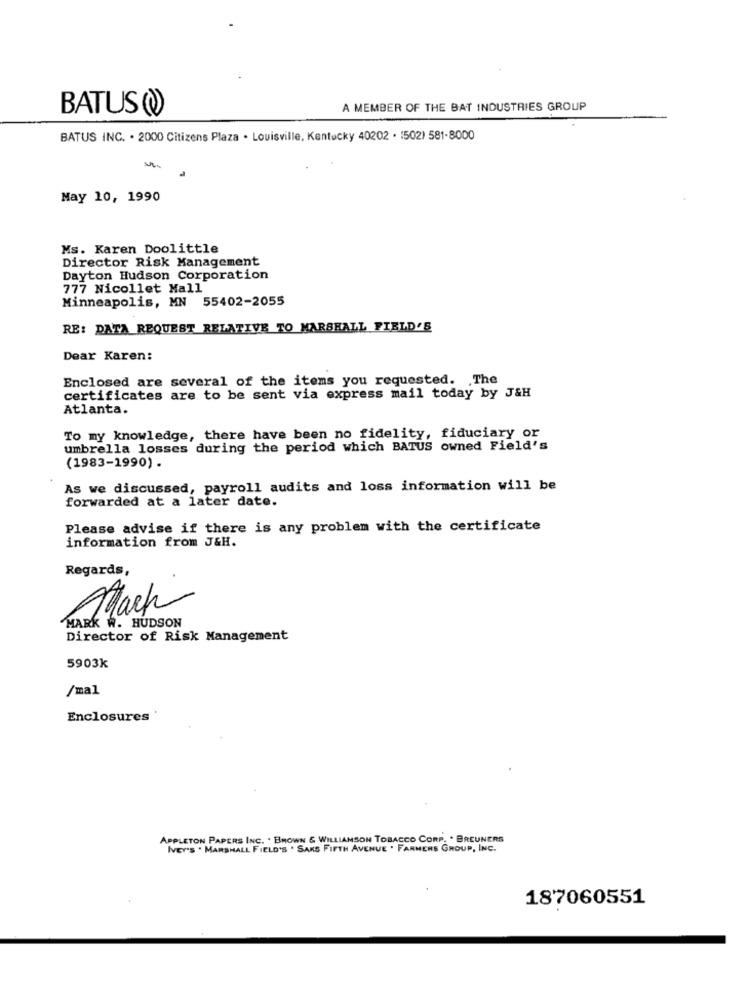
BATUS (
A MEMBER OF THE BAT INDUSTRIES GROUP
BATUS INC. . 2000 Citizens Plaza . Louisville, Kentucky 40202 · 1502) 581-8000
a
May 10, 1990
Ms. Karen Doolittle
Director Risk Management
Dayton Hudson Corporation
777 Nicollet Mall
Minneapolis, MN 55402-2055
RE: DATA REQUEST RELATIVE TO MARSHALL FIELD'S
Dear Karen:
Enclosed are several of the items you requested. The
certificates are to be sent via express mail today by J&H
Atlanta.
To my knowledge, there have been no fidelity, fiduciary or
umbrella losses during the period which BATUS owned Field's
(1983-1990) .
As we discussed, payroll audits and loss information will be
forwarded at a later date.
Please advise if there is any problem with the certificate
information from J&H.
Regards,
Mach
MARK W. HUDSON
Director of Risk Management
5903k
/mal
Enclosures
APPLETON PAPERS INC. . BROWN & WILLIAMSON TOBACCO CORP. . BREUNERS
IVEY'S . MARSHALL FIELD'S . SAKS FIFTH AVENUE . FARMERS GROUP, INC.
187060551